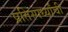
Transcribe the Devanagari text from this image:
प्रतिस्पर्ध्यांची